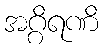
အဂ္ဂိရဏိ